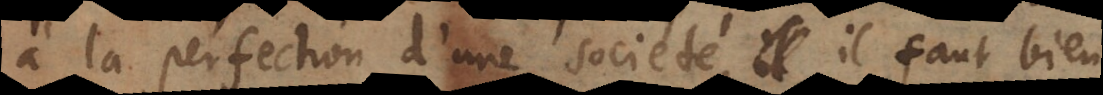
à la perfection d’une societé, il faut bien